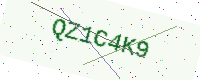
Text: QZ1C4K9